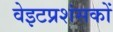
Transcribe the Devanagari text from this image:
वेइटप्रशंसकों